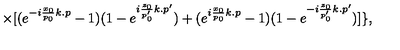
\times [ ( e ^ { - i \frac { x _ { 0 } } { p _ { 0 } } k . p } - 1 ) ( 1 - e ^ { i \frac { z _ { 0 } } { p _ { 0 } ^ { \prime } } k . p ^ { \prime } } ) + ( e ^ { i \frac { x _ { 0 } } { p _ { 0 } } k . p } - 1 ) ( 1 - e ^ { - i \frac { z _ { 0 } } { p _ { 0 } ^ { \prime } } k . p ^ { \prime } } ) ] \} ,